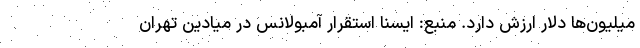
میلیون‌ها دلار ارزش دارد. منبع: ایسنا استقرار آمبولانس در میادین تهران